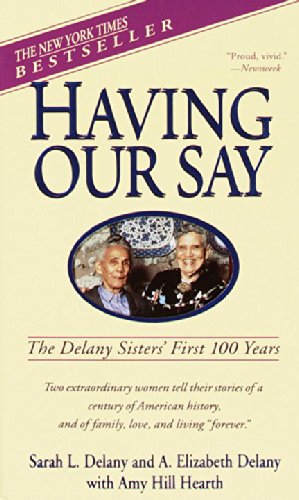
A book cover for Having Our Say: The Delany Sisters' First 100 Years; Sarah L. Delany; Biographies & Memoirs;